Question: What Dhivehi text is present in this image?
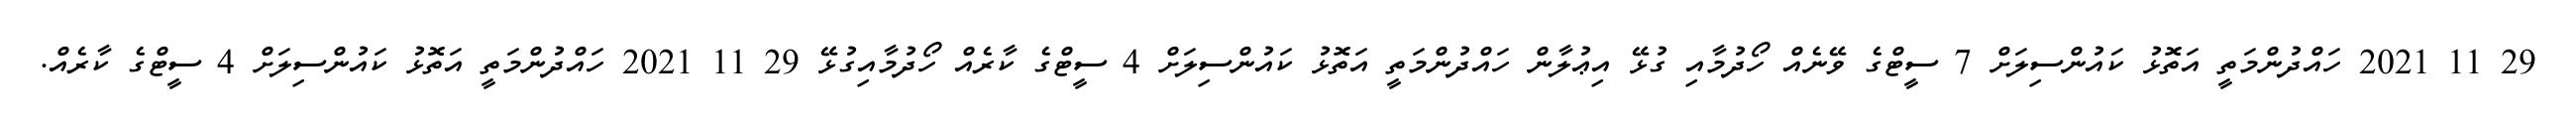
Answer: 29 11 2021 ހައްދުންމަތީ އަތޮޅު ކައުންސިލަށް 7 ސީޓްގެ ވޭނެއް ހޯދުމާއި ގުޅޭ އިޢުލާން ހައްދުންމަތީ އަތޮޅު ކައުންސިލަށް 4 ސީޓްގެ ކާރެއް ހޯދުމާއިގުޅޭ 29 11 2021 ހައްދުންމަތީ އަތޮޅު ކައުންސިލަށް 4 ސީޓްގެ ކާރެއް.